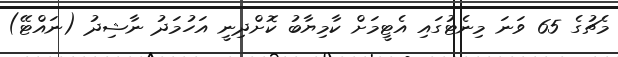
މެޗުގެ 65 ވަނަ މިނެޓުގައި އެޓީމަށް ކާމިޔާބު ކޮށްދިނީ އަހުމަދު ނާޝިދު (ނައްޓޭ)